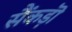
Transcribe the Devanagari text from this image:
सैंकड़ॊ